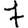
Digit: 7